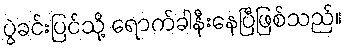
ပွဲခင်းပြင်သို့ ရောက်ခါနီးနေပြီဖြစ်သည်။